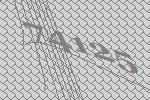
74125